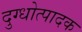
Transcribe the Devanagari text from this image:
दुग्धोत्पादक